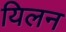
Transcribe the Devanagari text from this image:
यिलन